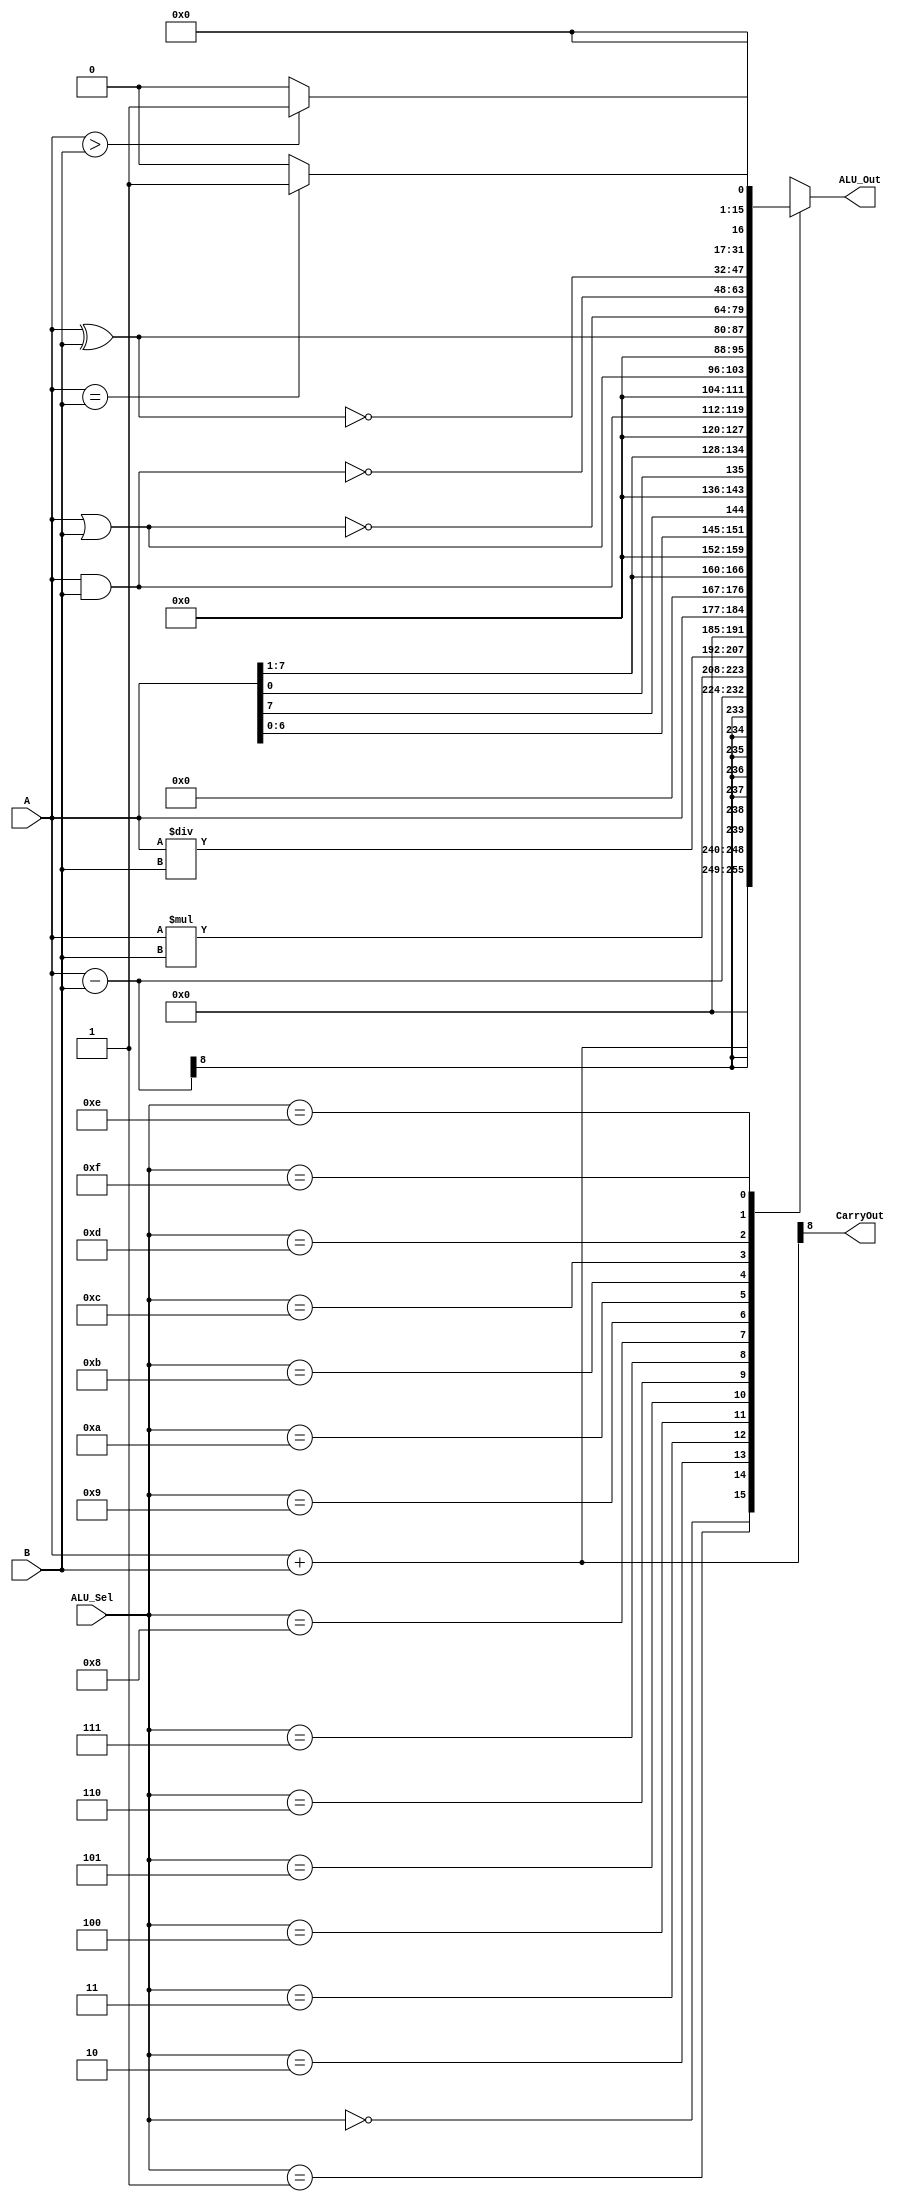
`timescale 1ns / 1ps
//////////////////////////////////////////////////////////////////////////////////
// Company: 
// Engineer: 
// 
// Design Name: 
// Module Name: ALU_8_Bit
// Project Name: 
// Target Devices: 
// Tool Versions: 
// Description: 
// 
// Dependencies: 
// 
// Revision:
// Revision 0.01 - File Created
// Additional Comments:
// 
//////////////////////////////////////////////////////////////////////////////////


module ALU_8_Bit(
     input [7:0] A,B,  // ALU 8-bit Inputs                 
     input [3:0] ALU_Sel,// ALU Selection
     output [15:0] ALU_Out, // ALU 8-bit Output
     output CarryOut // Carry Out Flag
    );
     reg [15:0] ALU_Result;
    wire [8:0] tmp;
    assign ALU_Out = ALU_Result; // ALU out
    assign tmp = {1'b0,A} + {1'b0,B};
    assign CarryOut = tmp[8]; // Carryout flag
    always @(*)
    begin
        case(ALU_Sel)
        4'b0000: // Addition
           ALU_Result = A + B ; 
        4'b0001: // Subtraction
           ALU_Result = A - B ;
        4'b0010: // Multiplication
           ALU_Result = A * B;
        4'b0011: // Division
           ALU_Result = A/B;
        4'b0100: // Logical shift left
           ALU_Result = A<<1;
         4'b0101: // Logical shift right
           ALU_Result = A>>1;
         4'b0110: // Rotate left
           ALU_Result = {A[6:0],A[7]};
         4'b0111: // Rotate right
           ALU_Result = {A[0],A[7:1]};
          4'b1000: //  Logical and 
           ALU_Result = A & B;
          4'b1001: //  Logical or
           ALU_Result = A | B;
          4'b1010: //  Logical xor 
           ALU_Result = A ^ B;
          4'b1011: //  Logical nor
           ALU_Result = ~(A | B);
          4'b1100: // Logical nand 
           ALU_Result = ~(A & B);
          4'b1101: // Logical xnor
           ALU_Result = ~(A ^ B);
          4'b1110: // Greater comparison
           ALU_Result = (A>B)?8'd1:8'd0 ;
          4'b1111: // Equal comparison   
            ALU_Result = (A==B)?8'd1:8'd0 ;
          default: ALU_Result = A + B ; 
        endcase
    end

endmodule